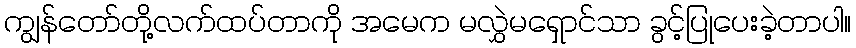
ကျွန်တော်တို့လက်ထပ်တာကို အမေက မလွှဲမရှောင်သာ ခွင့်ပြုပေးခဲ့တာပါ။